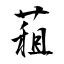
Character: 蒩